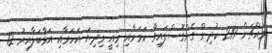
މައްޗަށް 219 ކުދިން ގެންގޮސްފައިވާ ކަމަށާއި މިއީ މިދިޔަ އަހަރާއި އަޅާބަލާއިރު 12